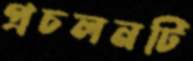
প্রচলনটি